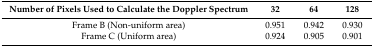
<table><thead><tr><td><b>Number of Pixels Used to Calculate the Doppler Spectrum</b></td><td><b>32</b></td><td><b>64</b></td><td><b>128</b></td></tr></thead><tbody><tr><td>Frame B (Non-uniform area)</td><td>0.951</td><td>0.942</td><td>0.930</td></tr><tr><td>Frame C (Uniform area)</td><td>0.924</td><td>0.905</td><td>0.901</td></tr></tbody></table>